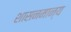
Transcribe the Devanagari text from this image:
शासनमान्‍य